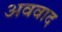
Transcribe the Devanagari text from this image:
अववाद